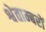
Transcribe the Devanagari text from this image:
श्वेताम्बरों